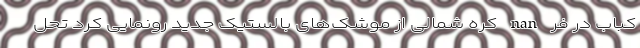
کباب در فر nan کره شمالی از موشک‌های بالستیک جدید رونمایی کرد تحل